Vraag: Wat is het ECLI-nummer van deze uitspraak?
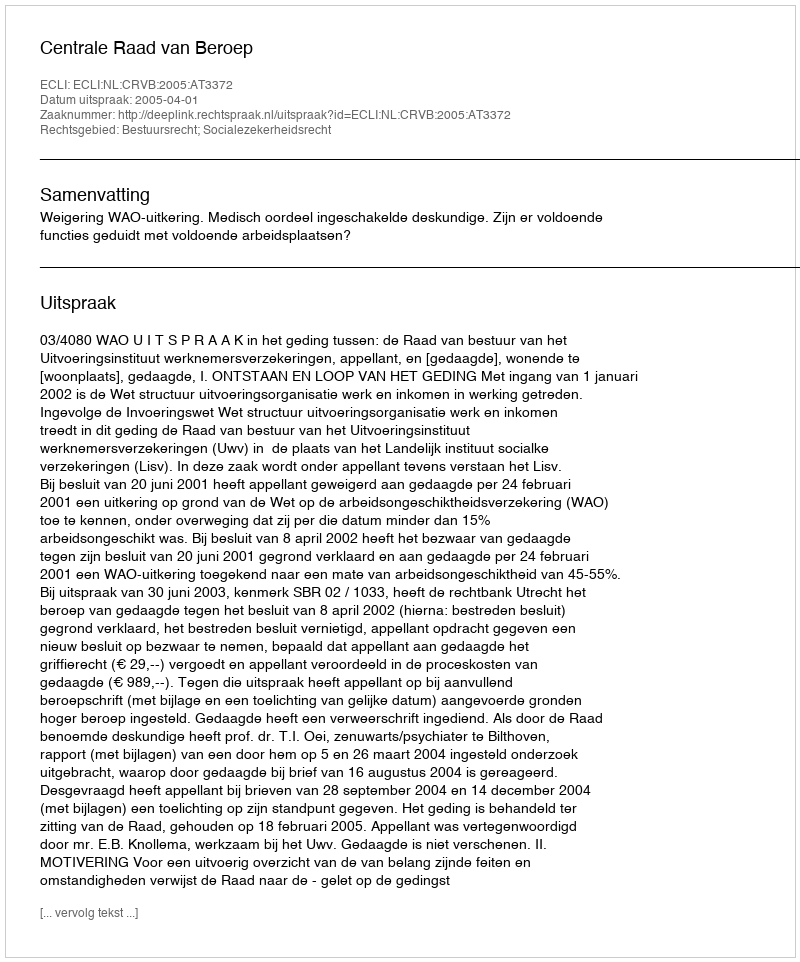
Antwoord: ECLI:NL:CRVB:2005:AT3372